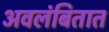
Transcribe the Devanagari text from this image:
अवलंबितात